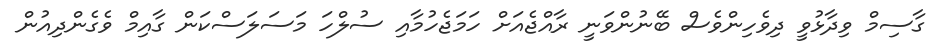
ގާސިމް ވިދާޅުވީ ދިވެހިންވެސް ބޭނުންވަނީ ރާއްޖެއަށް ހަމަޖެހުމާއި ސުލްހަ މަސަލަސްކަން ގާއިމް ވެގެންދިއުން